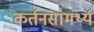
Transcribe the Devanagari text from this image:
कर्तनसामर्थ्य